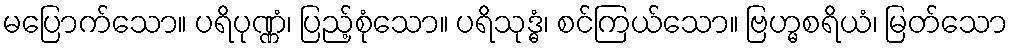
မပြောက်သော။ ပရိပုဏ္ဏံ၊ ပြည့်စုံသော။ ပရိသုဒ္ဓံ၊ စင်ကြယ်သော။ ဗြဟ္မစရိယံ၊ မြတ်သော